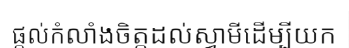
ផ្តល់កំលាំងចិត្តដល់ស្វាមីដើម្បីយក